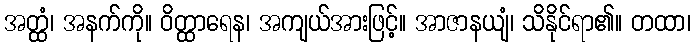
အတ္ထံ၊ အနက်ကို။ ဝိတ္ထာရေန၊ အကျယ်အားဖြင့်။ အာဇာနယျံ၊ သိနိုင်ရာ၏။ တထာ၊